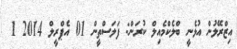
އިޒްރޭލުން އުޅެނީ ބްލެކްމެއިލް ކުރަން: ފަލަސްތީން 01 އެޕްރީލް 2014 1